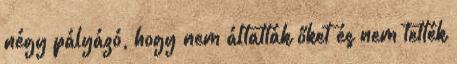
négy pályázó, hogy nem áltatták őket és nem tették